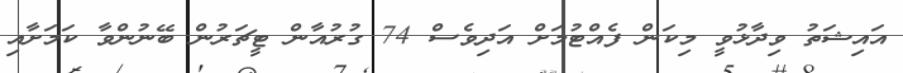
އައިޝަތު ވިދާޅުވީ މިކަން ފެއްޓުމަށް އަދިވެސް 74 ގުރުއާން ޓީޗަރުން ބޭނުންވާ ކަމަށާއި